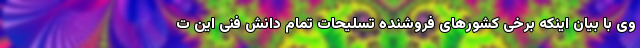
وی با بیان اینکه برخی کشورهای فروشنده تسلیحات تمام دانش فنی این ت